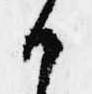
候